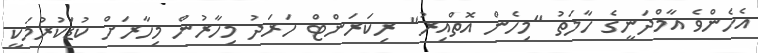
އެހެންވެ އާމްދަނީގެ ހާލަތު "މިހެން އޮތްއިރު" ރިކަރަންޓް ހަރަދު މިހާރުން މިހާރަށް ކުޑަކުރުމަކީ